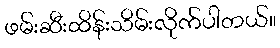
ဖမ်းဆီးထိန်းသိမ်းလိုက်ပါတယ်။